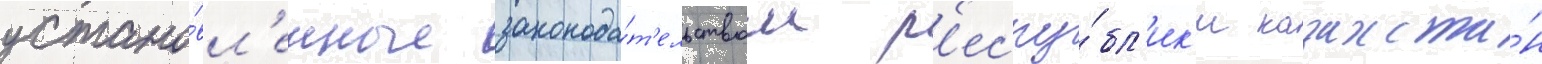
устано́вл'енные законода́т'ельством р'еспу́бл'ик'и казахста́н